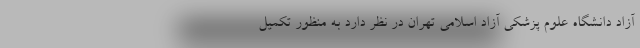
آزاد دانشگاه علوم پزشکی آزاد اسلامی تهران در نظر دارد به منظور تکمیل